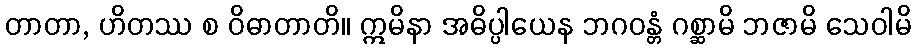
တာတာ, ဟိတဿ စ ဝိဓာတာတိ။ ဣမိနာ အဓိပ္ပါယေန ဘဂဝန္တံ ဂစ္ဆာမိ ဘဇာမိ သေဝါမိ